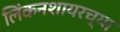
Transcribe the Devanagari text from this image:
लिंकनशायरच्या